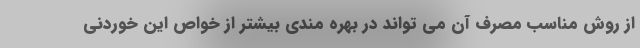
از روش مناسب مصرف آن می تواند در بهره مندی بیشتر از خواص این خوردنی